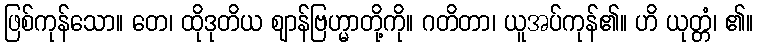
ဖြစ်ကုန်သော။ တေ၊ ထိုဒုတိယ ဈာန်ဗြဟ္မာတို့ကို။ ဂတိတာ၊ ယူအပ်ကုန်၏။ ဟိ ယုတ္တံ၊ ၏။